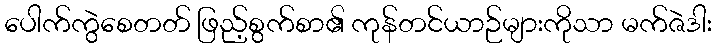
ပေါက်ကွဲစေတတ် ဖြည့်စွက်စာ၏ ကုန်တင်ယာဉ်များကိုသာ မက်ဇဲဒါး